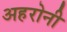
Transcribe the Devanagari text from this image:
अहरोनी